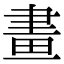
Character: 畫